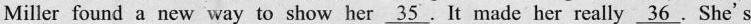
Miller found a new way to show her \underline{35}.It made her really \underline{36}.She's